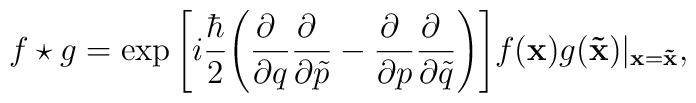
f\star g = \exp \Bigg[ i\frac{\hbar}{2}\Bigg(\frac{\partial~}{\partial q}\frac{\partial~}{\partial\tilde p}-\frac{\partial~}{\partial p}\frac{\partial~}{\partial\tilde q}\Bigg)\Bigg] f({\bf x}) g({\bf \tilde x}) \vert_{{\bf x} = {\bf\tilde x}},